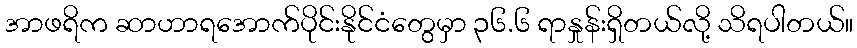
အာဖရိက ဆာဟာရအောက်ပိုင်းနိုင်ငံတွေမှာ ၃၆.၆ ရာနှုန်းရှိတယ်လို့ သိရပါတယ်။